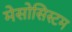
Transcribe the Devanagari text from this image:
मेसोसिस्टम